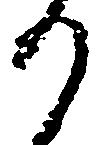
り